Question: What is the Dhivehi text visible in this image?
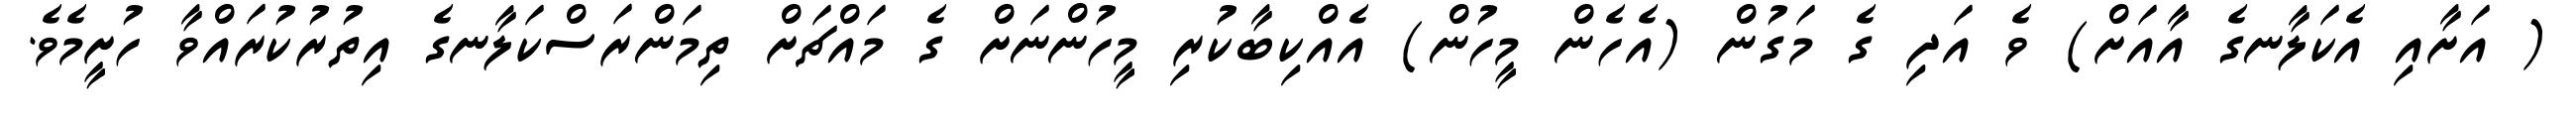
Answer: ( އަށާއި އެކަލާނގެ އާއަށް) ވެ އަދި ގެ މަގުން (އެހެން މީހުން) އެއްކިބާކުރި މީހުންނަށް ގެ މައްޗަށް ތިމަންރަސްކަލާނގެ އިތުރުކުރައްވާ ހުށީމެވެ.